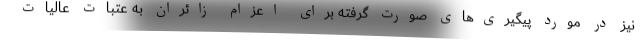
نیز در مورد پیگیری‌های صورت گرفته برای اعزام زائران به عتبات عالیات